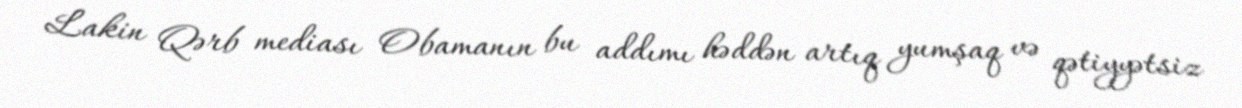
Lakin Qərb mediası Obamanın bu addımı həddən artıq yumşaq və qətiyyətsiz